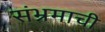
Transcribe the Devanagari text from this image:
संभ्रमाची